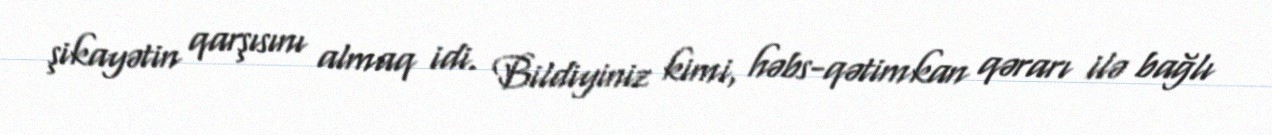
şikayətin qarşısını almaq idi. Bildiyiniz kimi, həbs-qətimkan qərarı ilə bağlı